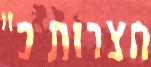
חצרות כ"